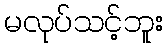
မလုပ်သင့်ဘူး